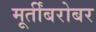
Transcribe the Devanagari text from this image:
मूर्तींबरोबर